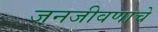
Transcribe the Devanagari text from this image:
जनजीवणाचे